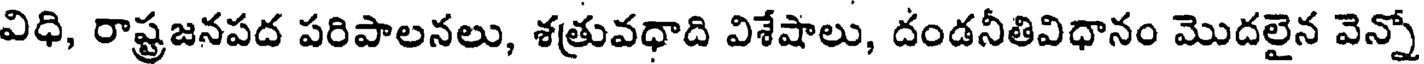
విధి, రాష్ట్రజనపద పరిపాలనలు, శత్రువధాది విశేషాలు, దండనీతివిధానం మొదలైన వెన్నో